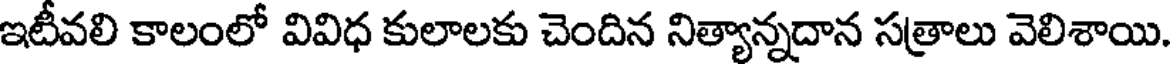
ఇటీవలి కాలంలో వివిధ కులాలకు చెందిన నిత్యాన్నదాన సత్రాలు వెలిశాయి.